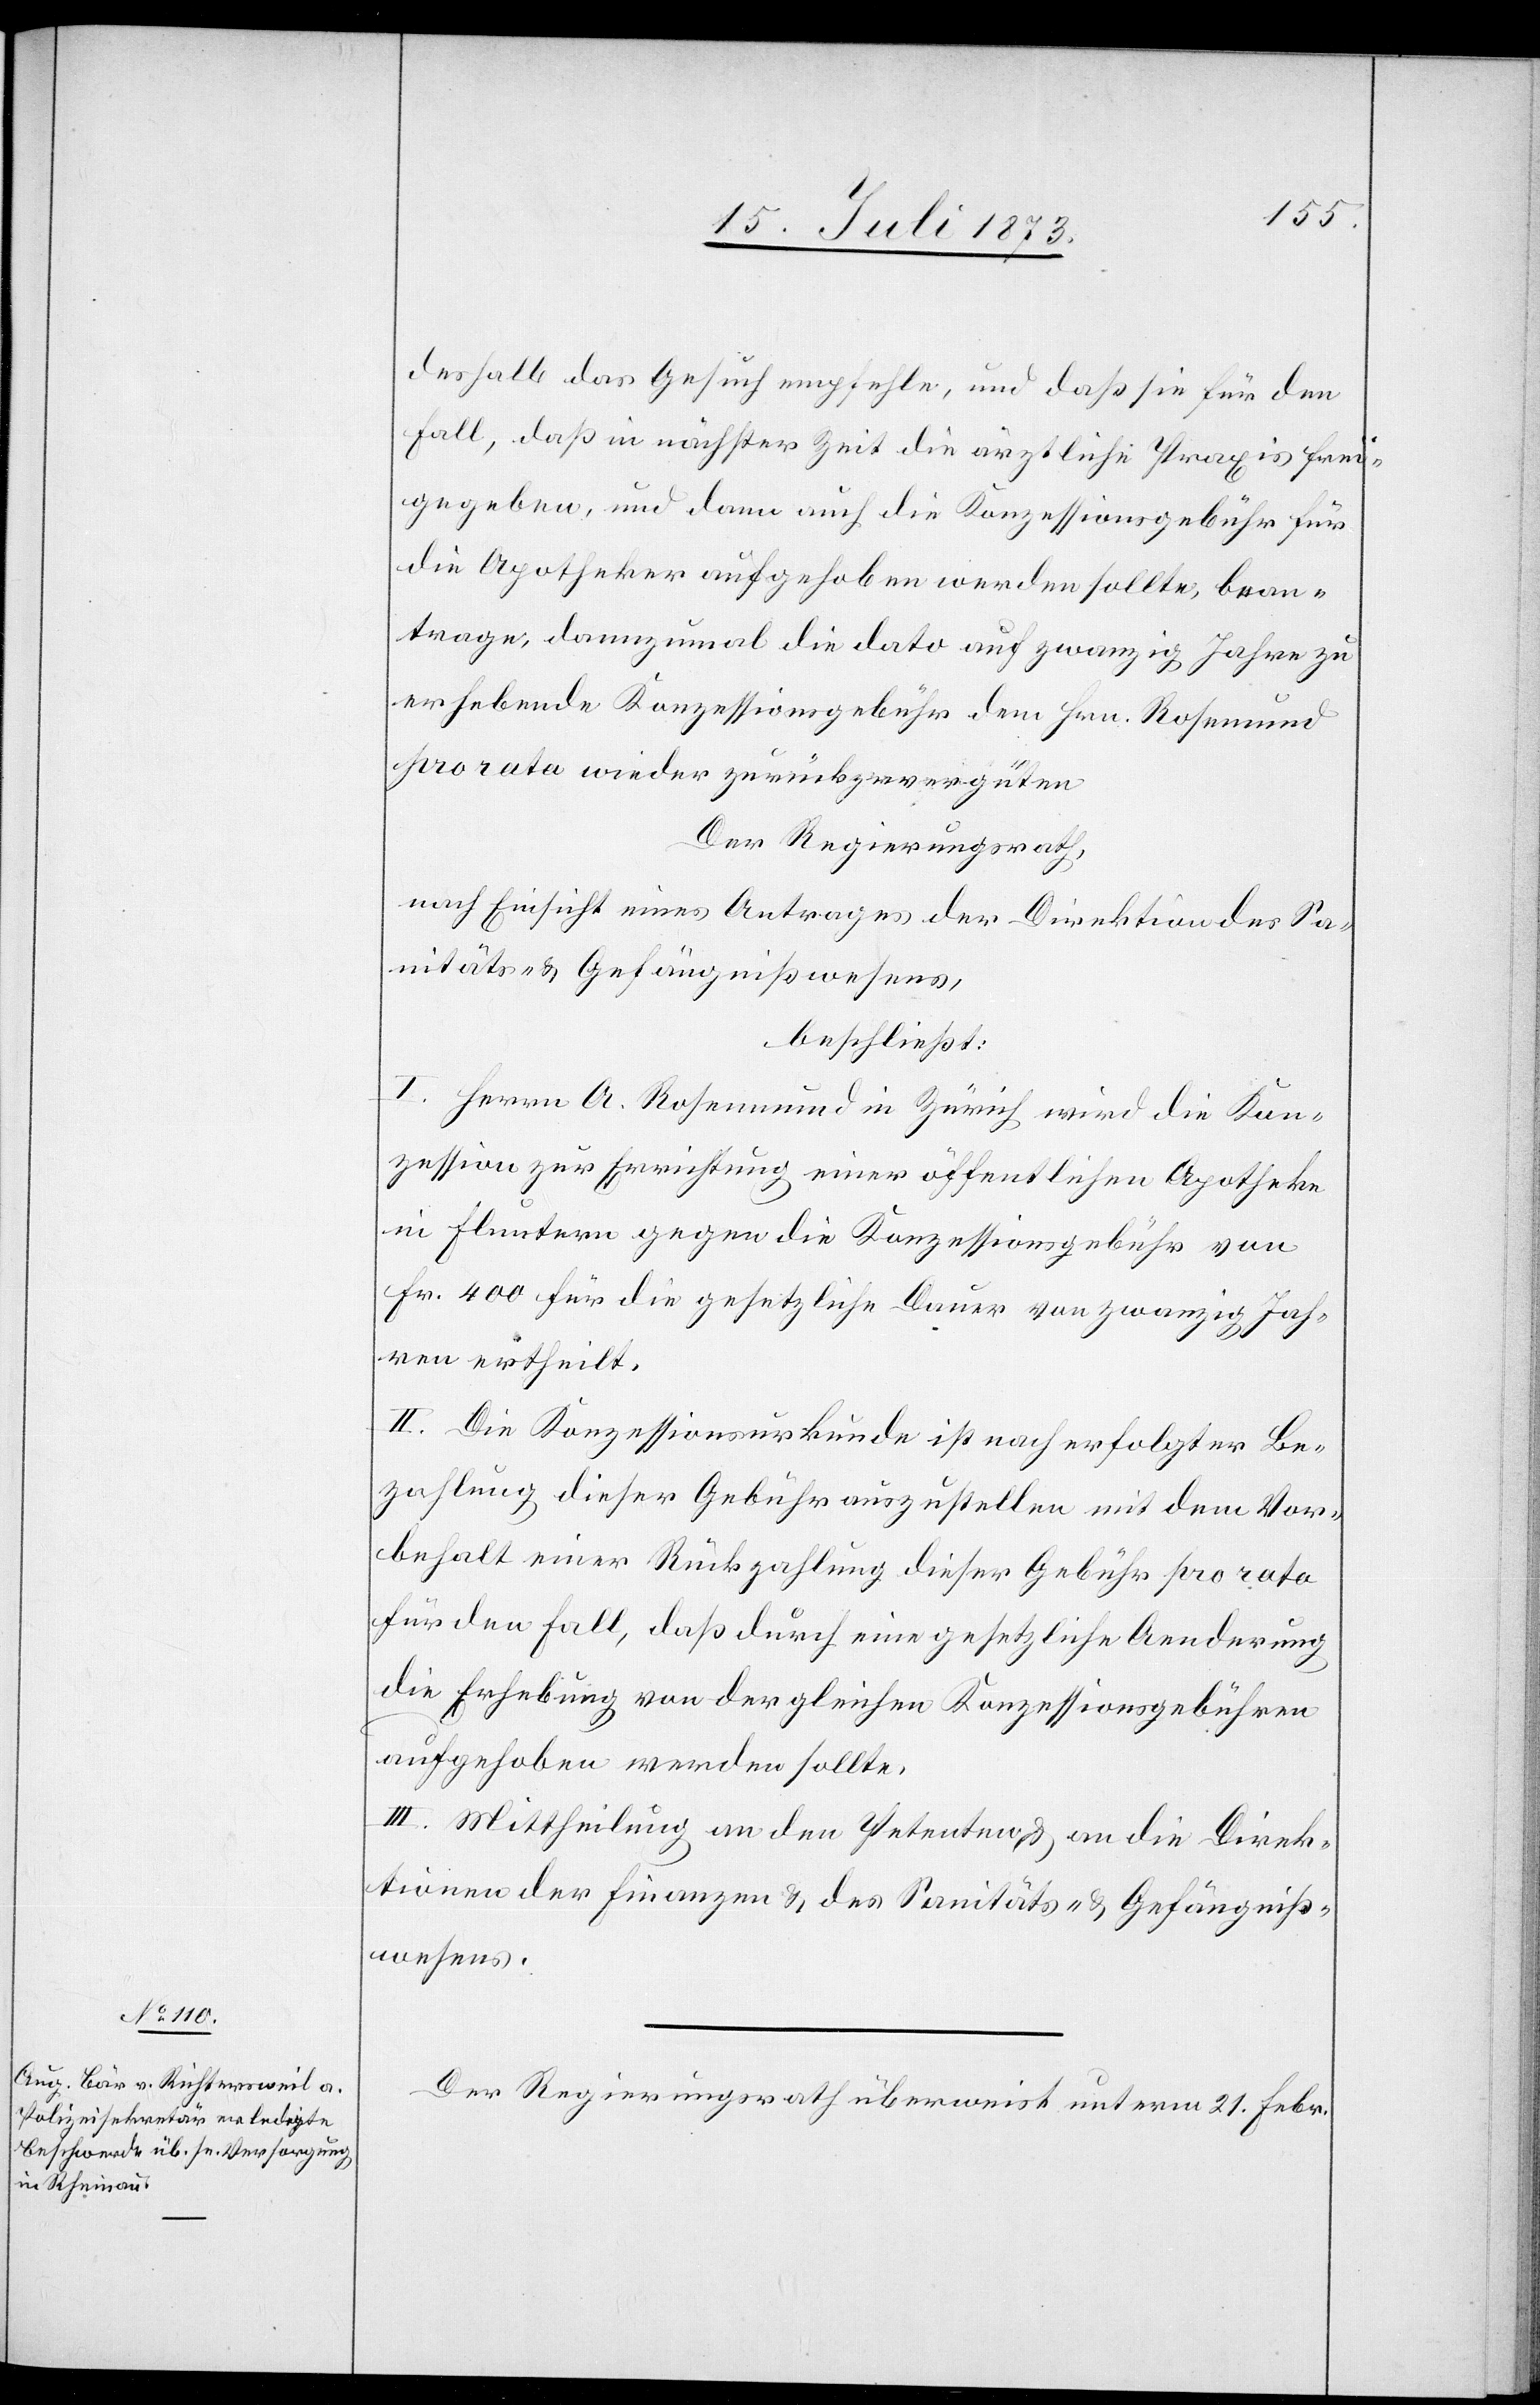
deshalb das Gesuch empfehle, und daß sie für den
Fall, daß in nächster Zeit die ärztliche Praxis frei¬
gegeben, und dann auch die Konzessionsgebühr für
die Apotheker aufgehoben werden sollte, bean¬
trage, dannzumal die dato auf zwanzig Jahre zu
erhebende Konzessionsgebühr dem Hrn. Rosenmund
pro rata wieder zurückzuvergüten.
Der Regierungsrath,
nach Einsicht eines Antrages der Direktion des Sa¬
nitäts- & Gefängnißwesens,
beschließt:
I. Herrn A. Rosenmund in Zürich wird die Kon¬
zession zur Errichtung einer öffentlichen Apotheke
in Fluntern gegen die Konzessionsgebühr von
Fr. 400 für die gesetzliche Dauer von zwanzig Jah¬
ren ertheilt.
II. Die Konzessionsurkunde ist nach erfolgter Be¬
zahlung dieser Gebühr auszustellen mit dem Vor¬
behalt einer Rückzahlung dieser Gebühr pro rata
für den Fall, daß durch eine gesetzliche Aenderung
die Erhebung von dergleichen Konzessionsgebühren
aufgehoben werden sollte.
III. Mittheilung an den Petenten & an die Direk¬
tionen der Finanzen & des Sanitäts- & Gefängniß¬
wesens.
Der Regierungsrath überweist unterm 21. Febr.